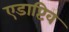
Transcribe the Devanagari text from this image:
एडाप्टिव